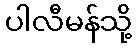
ပါလီမန်သို့